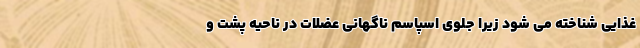
غذایی شناخته می شود زیرا جلوی اسپاسم ناگهانی عضلات در ناحیه پشت و